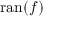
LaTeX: \operatorname { r a n } ( f )